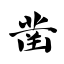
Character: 凿